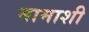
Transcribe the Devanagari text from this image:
मामाशी